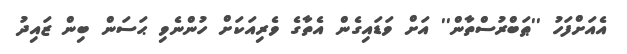
އެއަށްފަހު ''ޠަބްރުސްތާން'' އަށް ވަޑައިގެން އެތާގެ ވެރިއަކަށް ހުންނެވި ޙަސަން ބިން ޒައިދު